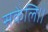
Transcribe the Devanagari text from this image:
सकेलि।।